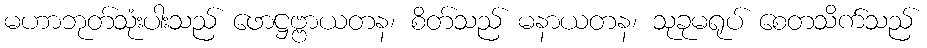
မဟာဘုတ်သုံးပါးသည် ဖောဋ္ဌဗ္ဗာယတန၊ စိတ်သည် မနာယတန၊ သုခုမရုပ် စေတသိက်သည်